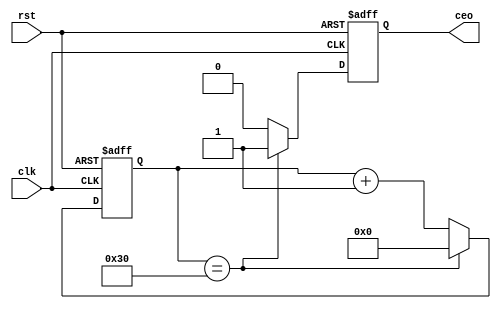
`timescale 1ns / 1ps
module div1mhz(
   input clk, rst,
   output reg ceo
);

reg [5:0] count;

always@(posedge clk, posedge rst)
begin
   if(rst)
   begin
      count <= 0;
      ceo <= 1'b0;
   end
   else if(count == 48)
   begin
      count <= 0;
      ceo <= 1'b1;
   end
   else
   begin
      count <= count + 1;
      ceo <= 1'b0;
   end
end
endmodule